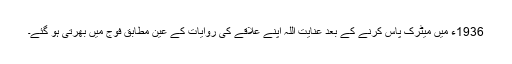
1936ء میں میٹرک پاس کرنے کے بعد عنایت اللہ اپنے علاقے کی روایات کے عین مطابق فوج میں بھرتی ہو گئے۔